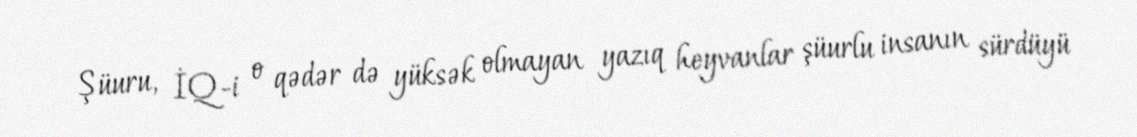
Şüuru, İQ-i o qədər də yüksək olmayan yazıq heyvanlar şüurlu insanın sürdüyü